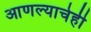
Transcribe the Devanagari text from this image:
आणल्याचेही